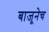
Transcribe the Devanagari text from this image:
बाजूनेच